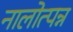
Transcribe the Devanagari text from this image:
नालोत्पन्न